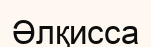
Әлқисса